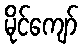
မိုင်ကျော်